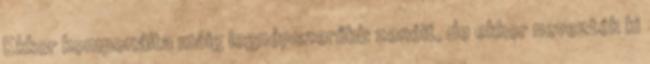
Ekkor komponálta máig legnépszerűbb zenéit, de ekkor nevezték ki